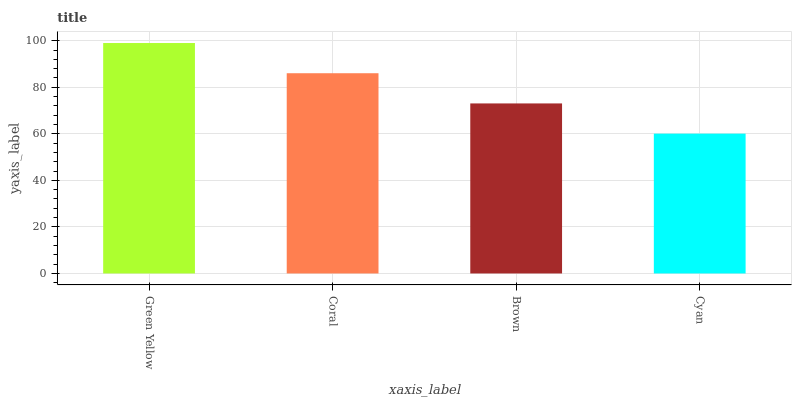
| xaxis_label | bars |
 | --- | --- |
 | Green Yellow | 99 |
 | Coral | 86 |
 | Brown | 73.1 |
 | Cyan | 60.1 |